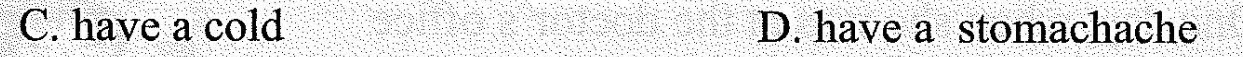
Chaveacold